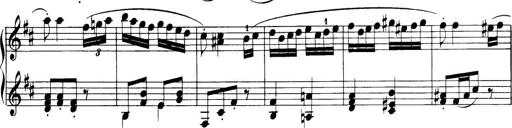
Title: 32 Sonatinas and Rondos for the Piano
Composer: Richard Kleinmichel